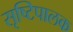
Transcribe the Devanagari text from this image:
सृष्टिपालक